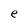
Character: e